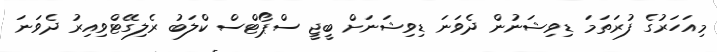
މިއަހަރުގެ ފުރަތަމަ ޑިވިޝަނުން ދެވަނަ ޑިވިޝަނަށް ބީޖީ ސްޕޯޓްސް ކްލަބު ރެލިގޭޓްވިއިރު ދެވަނަ